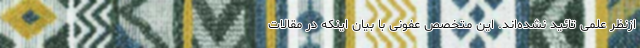
ازنظر علمی تائید نشده‌اند. این متخصص عفونی با بیان اینکه در مقالات